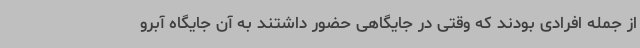
از جمله افرادی بودند که وقتی در جایگاهی حضور داشتند به آن جایگاه آبرو